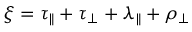
\xi = \tau _ { \parallel } + \tau _ { \perp } + \lambda _ { \parallel } + \rho _ { \perp }